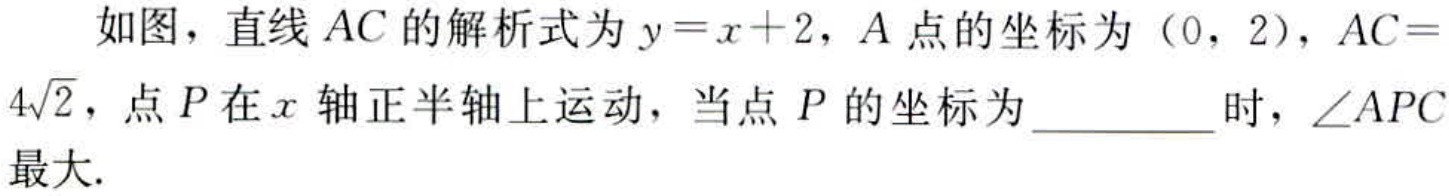
如图，直线 \(AC\) 的解析式为 \(y = x + 2\)，\(A\) 点的坐标为 \((0, 2)\)，\(AC = 4\sqrt{2}\)，点 \(P\) 在 \(x\) 轴正半轴上运动，当点 \(P\) 的坐标为 ________ 时，\(\angle APC\) 最大.